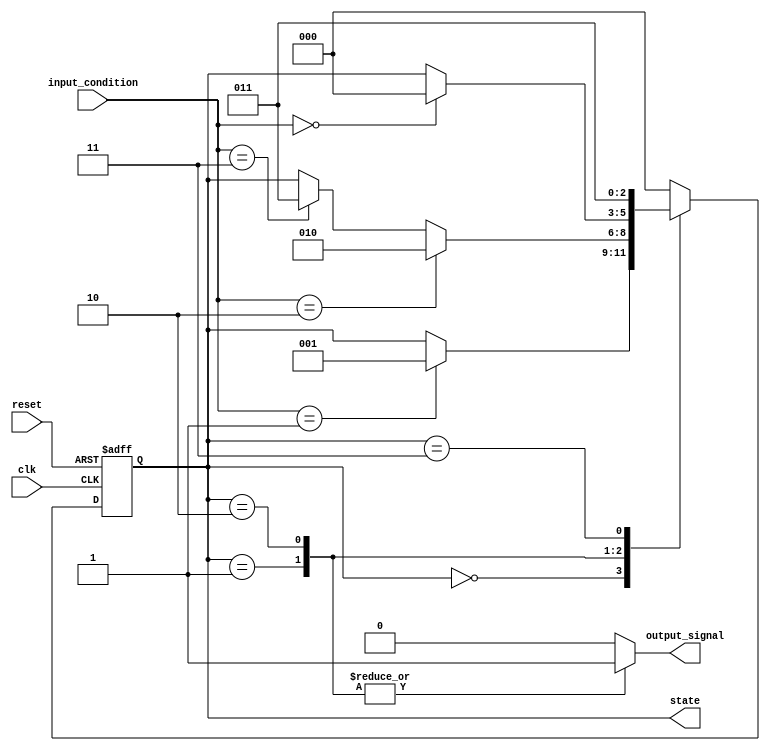
module pre_configured_state_init (
    input wire clk,           // Clock signal
    input wire reset,         // Reset signal (active high)
    input wire [1:0] input_condition, // Input conditions for state transitions
    output reg [2:0] state,   // Current state of the FSM
    output reg output_signal   // Output depending on the current state
);

// Define state encoding
localparam STATE_IDLE    = 3'b000;
localparam STATE_BUSY    = 3'b001;
localparam STATE_DONE    = 3'b010;
localparam STATE_ERROR   = 3'b011;

// Define initial state
localparam INITIAL_STATE = STATE_IDLE;

// State transition logic
always @(posedge clk or posedge reset) begin
    if (reset) begin
        // On reset, initialize to the defined initial state
        state <= INITIAL_STATE;
    end
    else begin
        // State transition logic
        case (state)
            STATE_IDLE: begin
                if (input_condition == 2'b01) begin
                    state <= STATE_BUSY;
                end
            end
            STATE_BUSY: begin
                if (input_condition == 2'b10) begin
                    state <= STATE_DONE;
                end else if (input_condition == 2'b11) begin
                    state <= STATE_ERROR;
                end
            end
            STATE_DONE: begin
                if (input_condition == 2'b00) begin
                    state <= STATE_IDLE;
                end
            end
            STATE_ERROR: begin
                // Stay in ERROR state until reset
                state <= STATE_ERROR;
            end
            default: begin
                state <= INITIAL_STATE; // Fallback to initial state
            end
        endcase
    end
end

// Output logic based on the current state
always @(*) begin
    case (state)
        STATE_IDLE: output_signal = 1'b0;
        STATE_BUSY: output_signal = 1'b1;
        STATE_DONE: output_signal = 1'b1; // Can be different output if needed
        STATE_ERROR: output_signal = 1'b0; // Indicate error with a low signal
        default: output_signal = 1'b0;
    endcase
end

endmodule